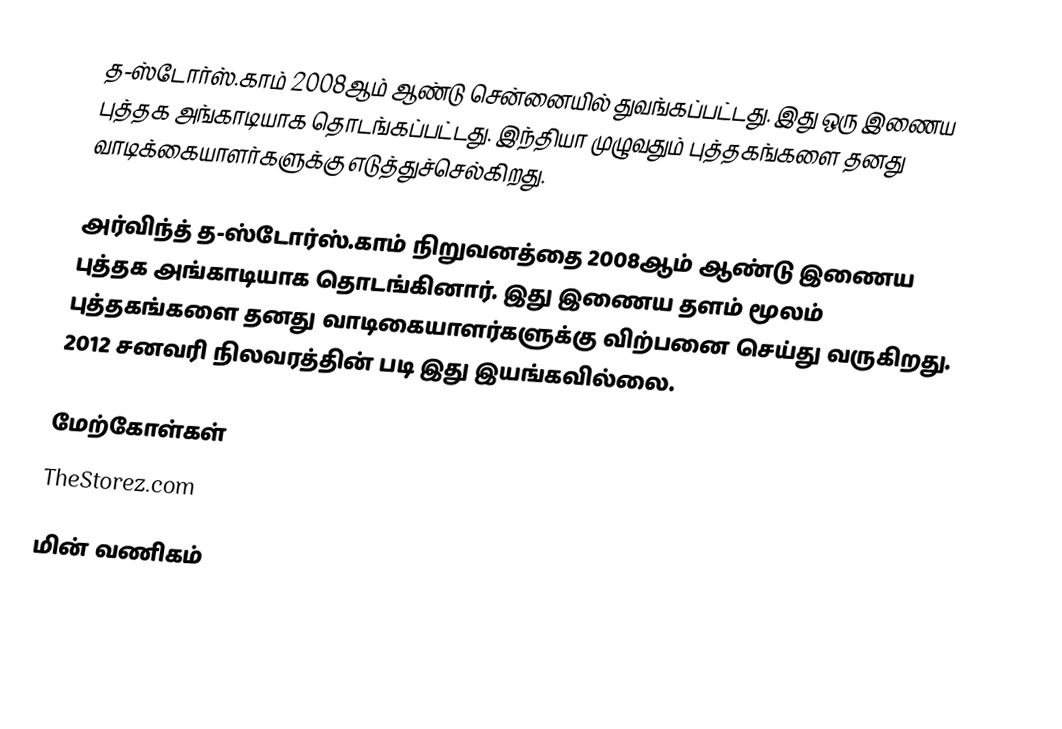
த-ஸ்டோர்ஸ்.காம் 2008ஆம் ஆண்டு சென்னையில் துவங்கப்பட்டது. இது ஒரு இணைய புத்தக அங்காடியாக தொடங்கப்பட்டது. இந்தியா முழுவதும் புத்தகங்களை தனது வாடிக்கையாளர்களுக்கு எடுத்துச்செல்கிறது.

அர்விந்த் த-ஸ்டோர்ஸ்.காம் நிறுவனத்தை 2008ஆம் ஆண்டு இணைய புத்தக அங்காடியாக தொடங்கினார். இது இணைய தளம் மூலம் புத்தகங்களை தனது வாடிகையாளர்களுக்கு விற்பனை செய்து வருகிறது. 2012 சனவரி நிலவரத்தின் படி இது இயங்கவில்லை.

மேற்கோள்கள்
 TheStorez.com

மின் வணிகம்